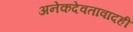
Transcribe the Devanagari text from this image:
अनेकदेवतावादही